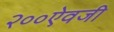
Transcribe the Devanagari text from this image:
२००ऐवजी